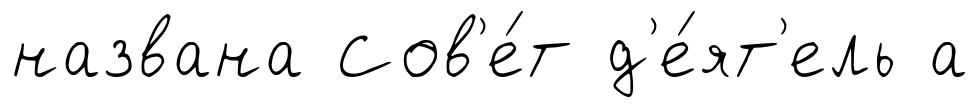
названа Сов'е́т д'е́ят'ель а